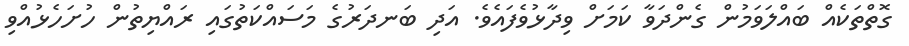
ގޮތްތަކެއް ބައްލަވަމުން ގެންދަވާ ކަމަށް ވިދާޅުވެފައެވެ. އަދި ބަނދަރުގެ މަސައްކަތުގައި ރައްޔިތުން ހުށަހެޅުއްވި